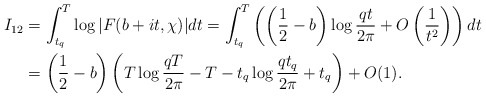
\begin{align*}I_{12} &= \int_{t_q}^T \log{|F(b+it,\chi)|} dt= \int_{t_q}^T \left( \left( \frac{1}{2} - b \right) \log{\frac{qt}{2\pi}} + O\left( \frac{1}{t^2} \right) \right) dt \\&= \left( \frac{1}{2} - b \right) \left( T\log{\frac{qT}{2\pi}} - T - t_q\log{\frac{qt_q}{2\pi}} + t_q \right) + O(1).\end{align*}